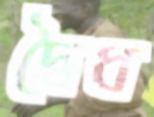
দ্বৈধ